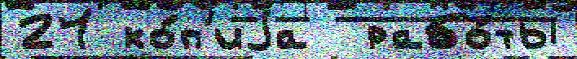
21 ко́п'иjа  рабо́ты